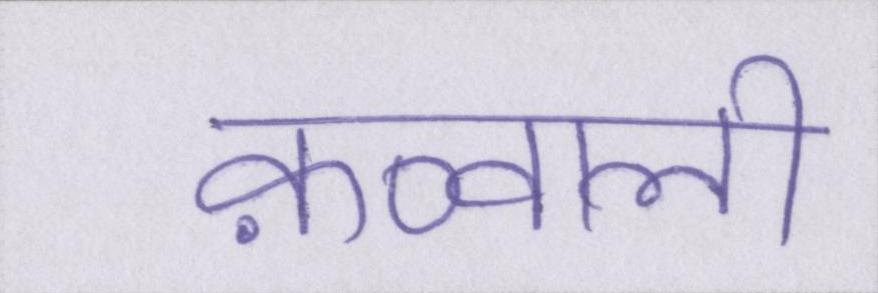
क़व्वाली